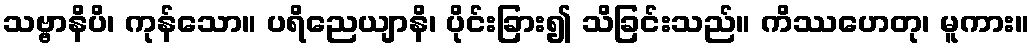
သဗ္ဗာနိပိ၊ ကုန်သော။ ပရိညေယျာနိ၊ ပိုင်းခြား၍ သိခြင်းသည်။ ကိဿဟေတု၊ မူကား။